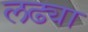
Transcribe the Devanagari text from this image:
लढ्या